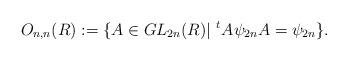
LaTeX: \begin{align*}O_{n,n}(R) := \{ A \in GL_{2n}(R) | \,\, ^{t}A\psi_{2n}A = \psi_{2n} \}.\end{align*}